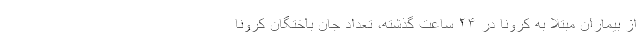
از بیماران مبتلا به کرونا در ۲۴ ساعت گذشته، تعداد جان باختگان کرونا